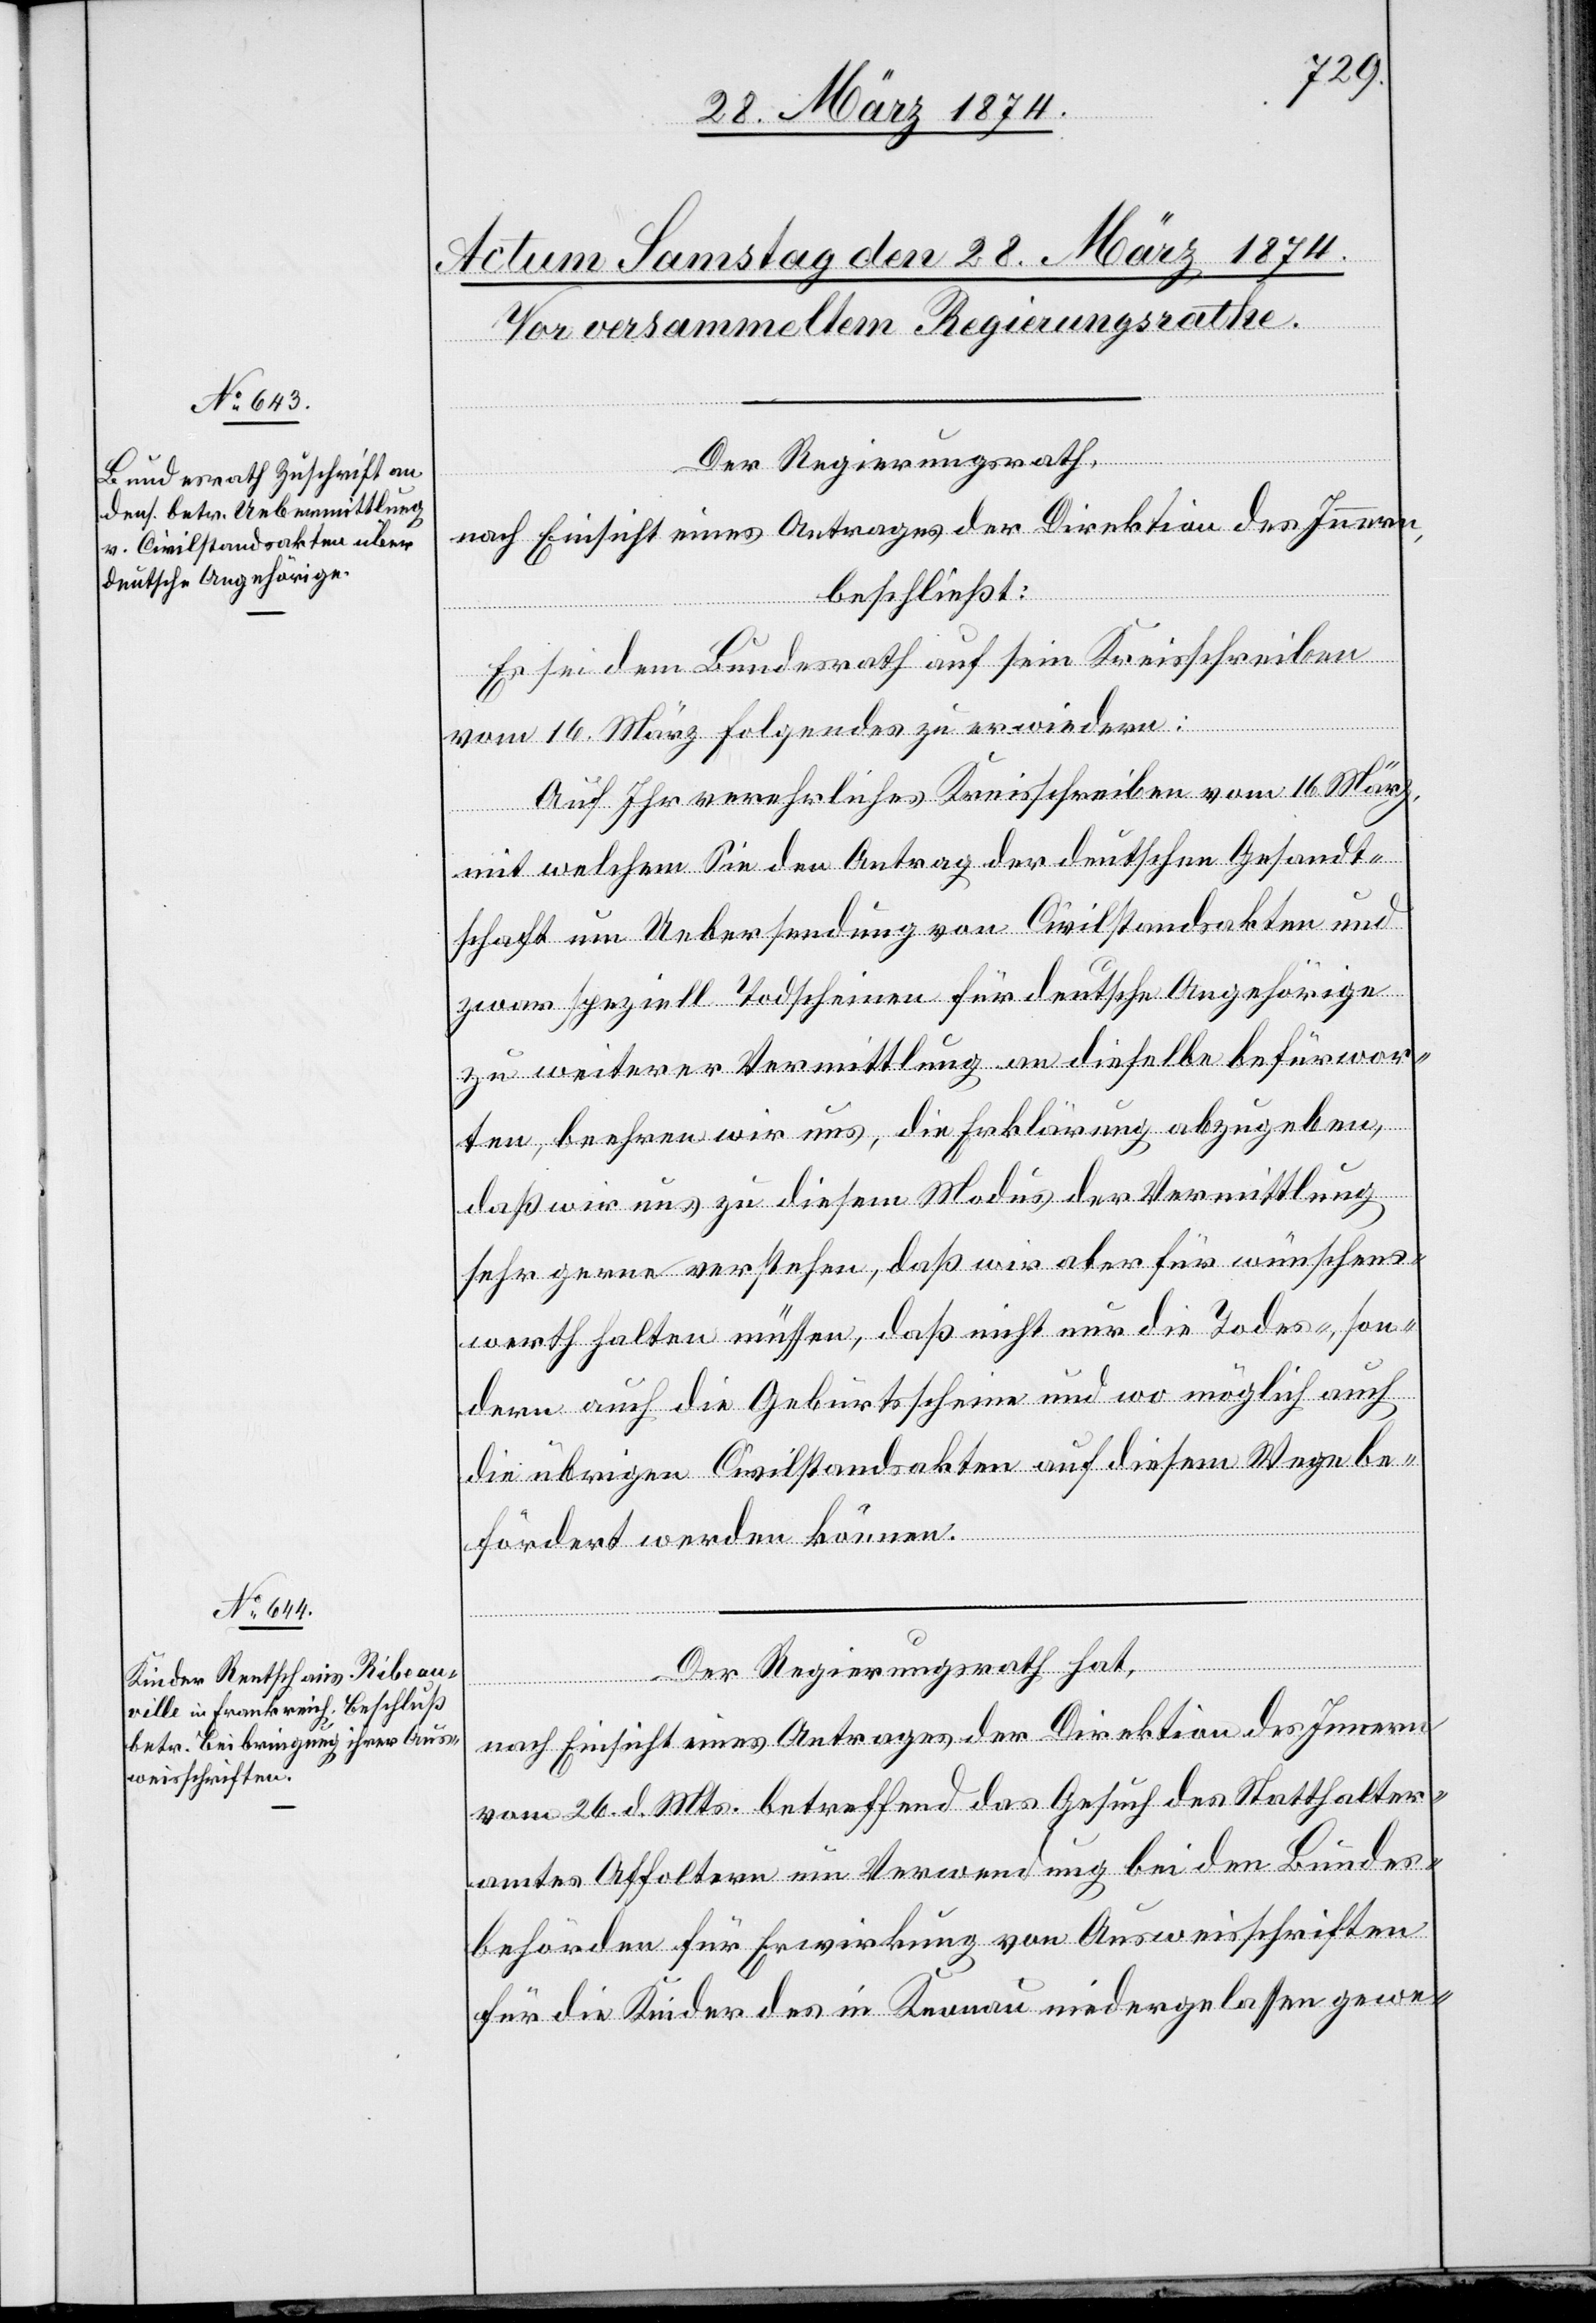
Der Regierungsrath,
nach Einsicht eines Antrages der Direktion des Innern,
beschließt:
Es sei dem Bundesrath auf sein Kreisschreiben
vom 16. März Folgendes zu erwiedern:
Auf Ihr verehrliches Kreisschreiben vom 16. März,
son¬
mit welchem Sie den Antrag der deutschen Gesannt¬
schaft um Uebersendung von Civilstandsakten und
zwar speziell Todscheinen für deutsche Angehörige
zu weiterer Vermittlung an dieselbe befürwor¬
ten, beehren wir uns, die Erklärung abzugeben,
daß wir uns zu diesem Modus der Vermittlung
sehr gerne verstehen, daß nicht nur die Todes-,
dern auch die Geburtsscheine und wo möglich auch
die übrigen Civilstandsakten auf diesem Wege be¬
fördert werden können.
Der Regierungsrath hat,
nach Einsicht eines Antrages der Direktion des Innern
vom 26. d. Mts. betreffend das Gesuch des Statthalter¬
amtes Affoltern um Verwendung bei den Bundes¬
behörden für Erwirkung von Ausweisschriften
für die Kinder des in Knonau niedergelassen gewe-